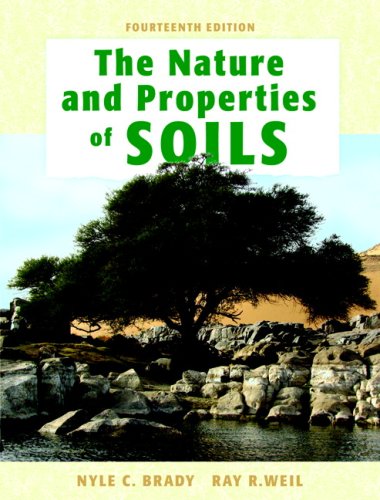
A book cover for The Nature and Properties of Soils, 14th Edition; Nyle C. Brady; Science & Math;